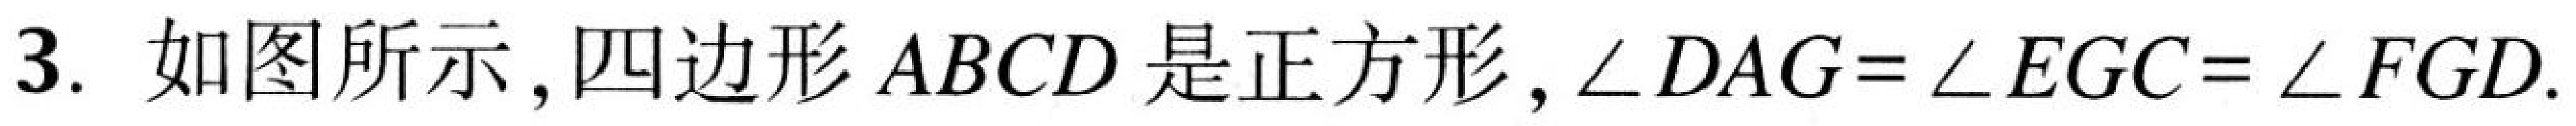
3. 如图所示，四边形\(ABCD\)是正方形，\(\angle DAG=\angle EGC = \angle FGD\).